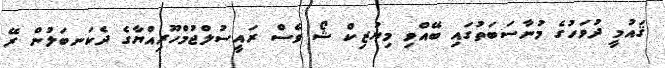
ޤައުމީ ދުވަހުގެ މުނާސަބަތުގައި ބޭއްވި މިޔުޒިކް ޝޯ ވެސް ރައީސުލްޖުމްހޫރިއްޔާގެ ދެކަނބަލުން ރޭ